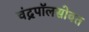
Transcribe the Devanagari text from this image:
चंद्रपॉलसोबत